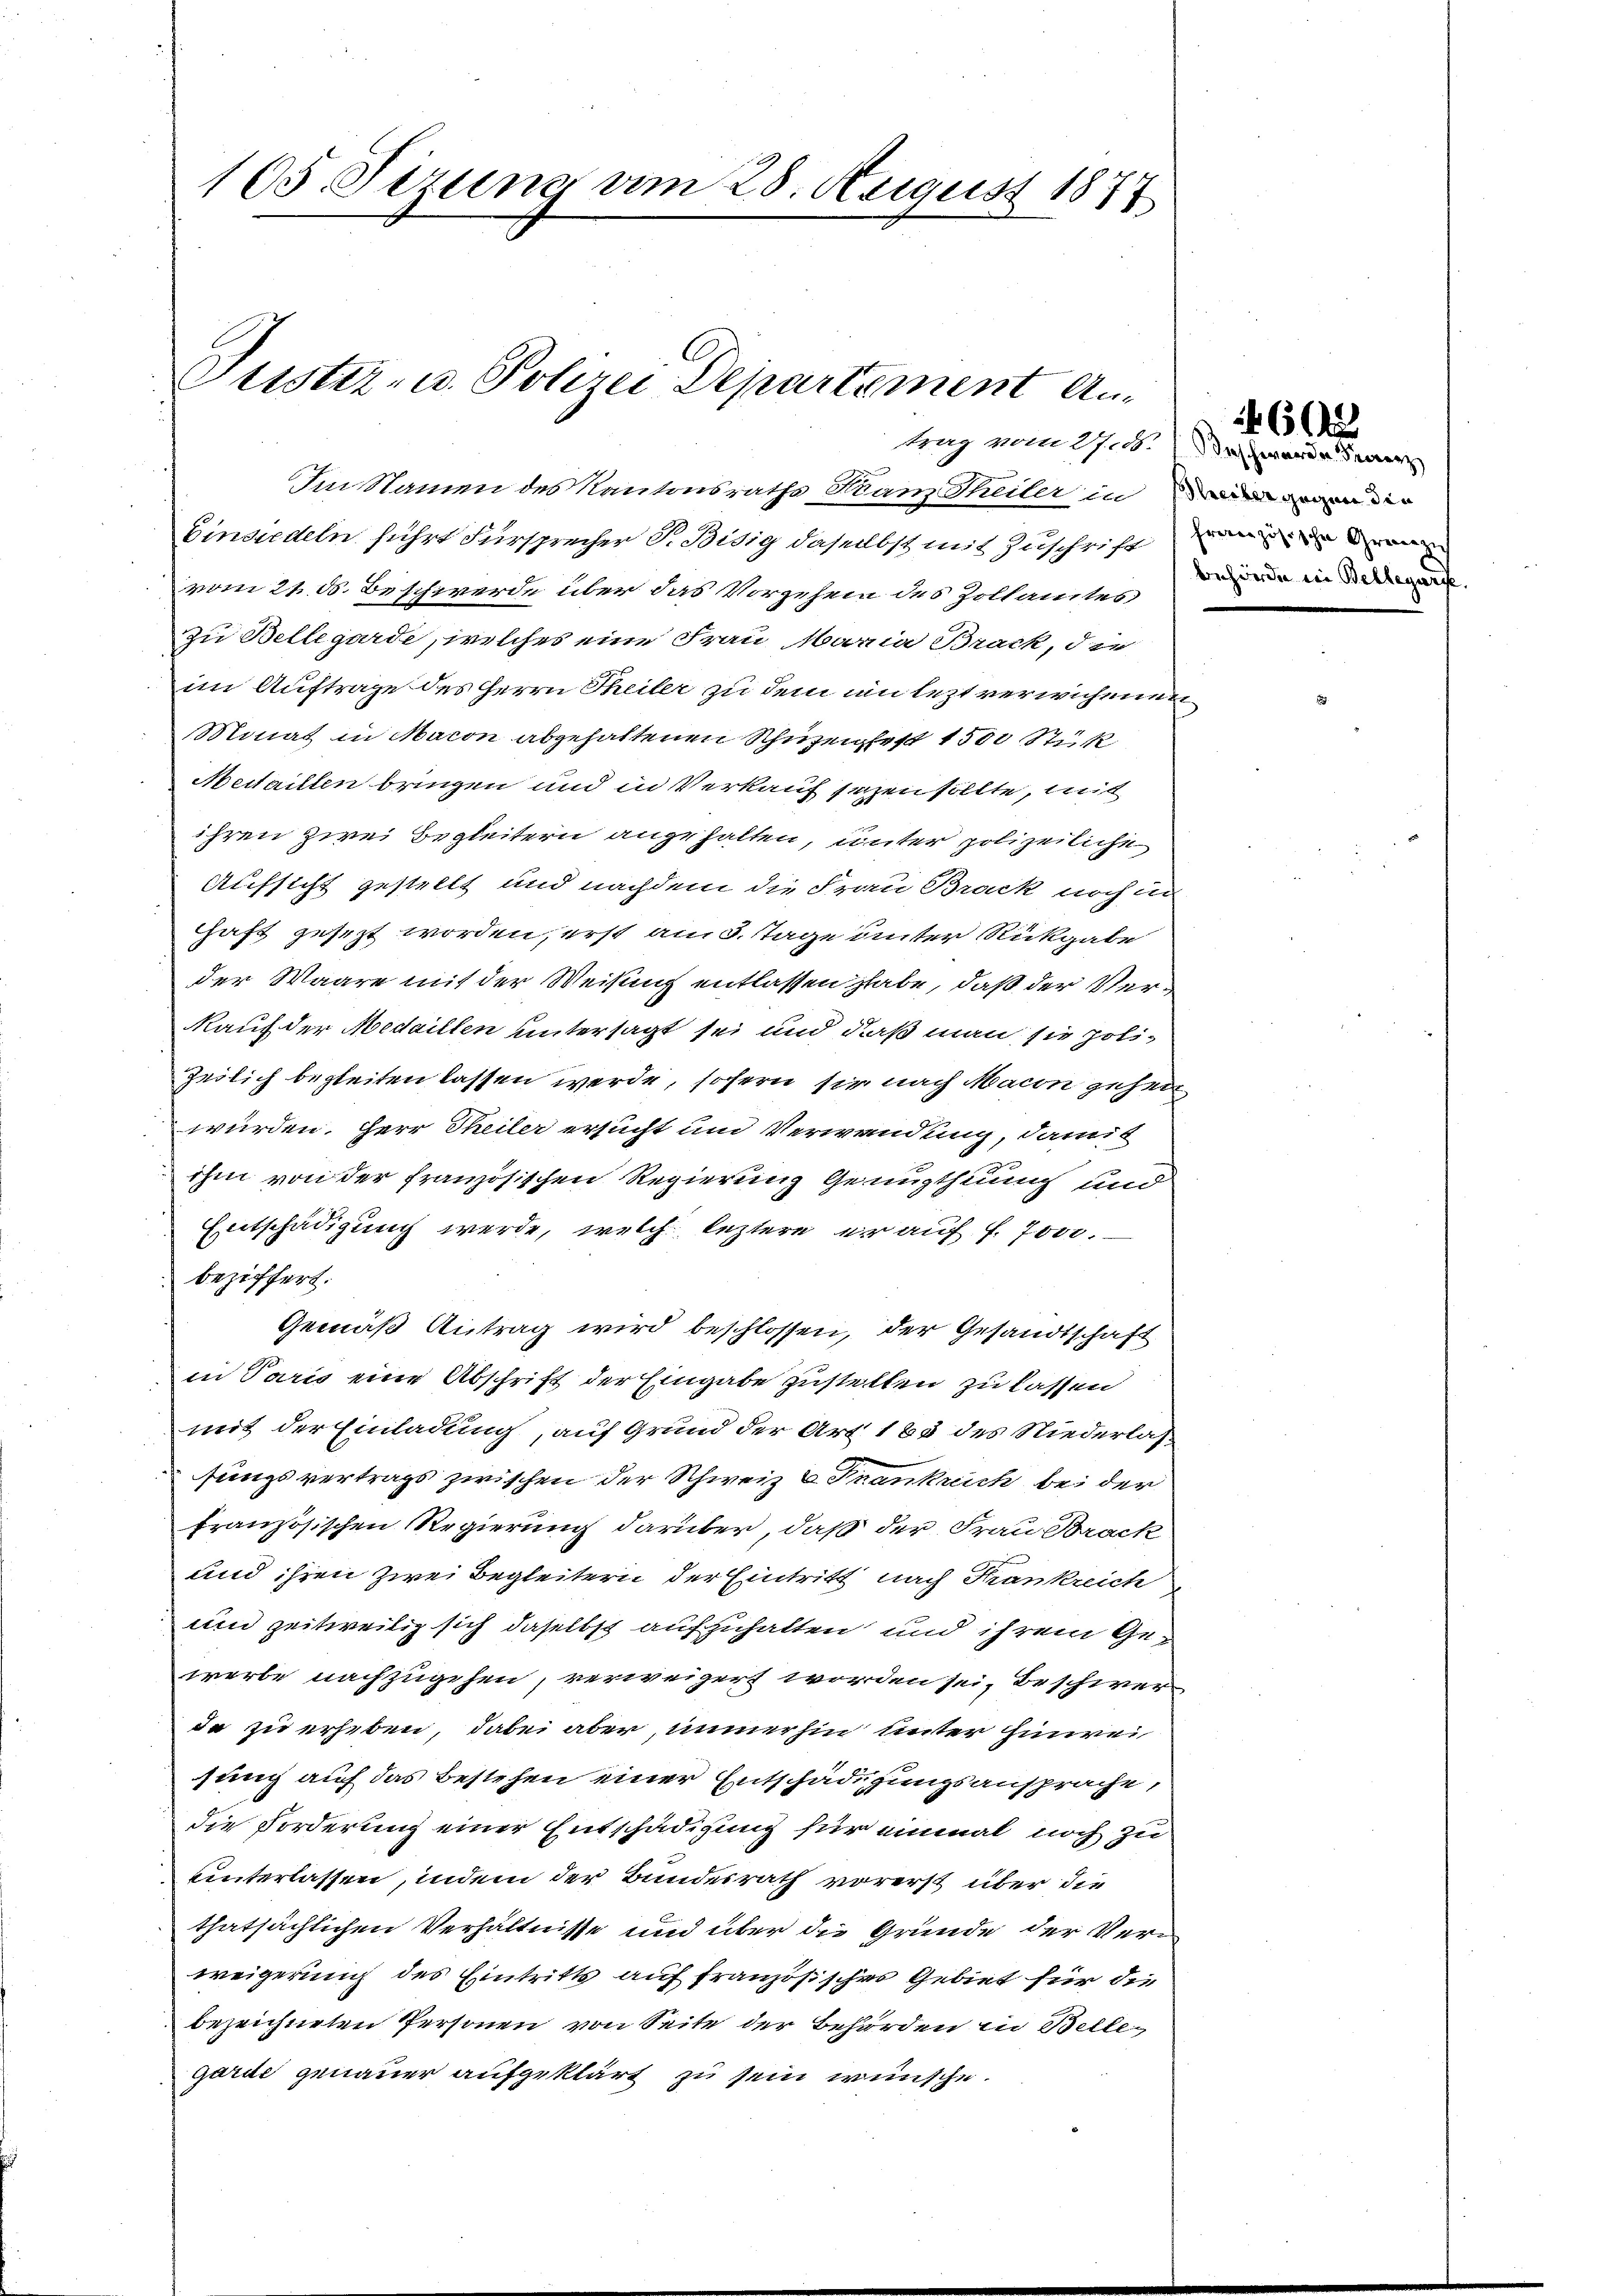
105. Sizung am 28. August 1877

Justiz- u. Polizei Departement An¬
Im Namen des Kantonsraths am Theiler in di
Einsiedeln führt Fürsprecher S. Bisig daselbst mit Zuschrift den

vom 21. d. Beschwerde über das Vorgehen des Zollamtes,
zu Bellegarde, welches eine Frau Maria Brack, die
im Auftrage des Herrn Theiler zu dem in lezt verwichenen
Minat in Nacon abgehaltenen Schuzeigtest 1500 Stück
Aedaillen bringen und in Verkauf sezen sollte, mit
ihren zwei Begleitern angehalten, unter polizeiliche
Aufsicht gestellt und nachdem die Frau Brack noch in
Haft gesezt worden, erst am 3. Tage unter Rückgabe
der Waare mit der Weisung entlassen habe, daß der Ver¬
Rauf der Medaillen untersagt sei und daß man sie poli¬
Zeilich begleiten lassen werde, sofern sie nach Macon gehen
würden. Herr Theiler ersucht und Verwendung, damit
ihm von der französischen Regierung Genugthuung und
Entschädigung werde, welch leztere er auf f. Jos.
beziffert.
Gemäß Antrag wird beschlossen, der Gesandtschaft
in Paris eine Abschrift der Eingabe zustellen zu lassen
mit der Einladung, auf Grund der Art. 185 des Niederlasfungsvertrags zwischen der Schweiz & Frankreich bei der
französischen Regierung darüber, daß der Frau Brack
und ihren zwei Begleitern der Eintritt nach Krankreich
und zeitweilig sich daselbst aufzuhalten und ihrem Gewerbe nachzugehen, verweigert worden sei, beschwerde zu erheben, dabei aber, immerhin unter Hinwei
sung auf das bestehen einer Entschädigungsansprache,
die Forderung einer Entschädigung für einmal noch zu
unterlassen, indem der Bundesrath vorerst über die
thatsächlichen Verhältnisse und über die Grunde der Verweigerung des Eintritts auf französisches Gebiet für die
bezeichneten Personen von Seite der Behörden in Bellegarde genauer aufgeklärt zu sein wünsche.

trag vom 27. Beschwerde der
Behörde in Bellegar

f 6 x